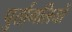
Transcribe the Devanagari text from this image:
पुर्तागलियों